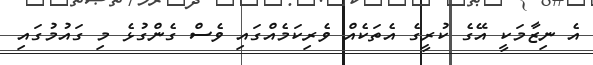
އެ ނިޒާމަކީ އޭގެ ކުރީގެ އެތަކެއް ވެރިކަމެއްގައި ވެސް ގެންގުޅެ މި ގައުމުގައި